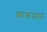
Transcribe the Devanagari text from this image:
काकसार